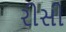
રીસી